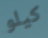
كيلو